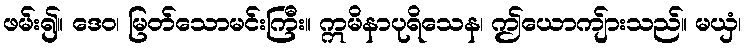
ဖမ်း၍။ ဒေဝ၊ မြတ်သောမင်းကြီး။ ဣမိနာပုရိသေန၊ ဤယောကျ်ားသည်။ မယှံ၊